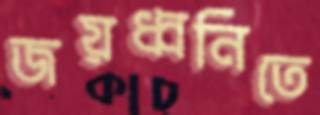
জয়ধ্বনিতে